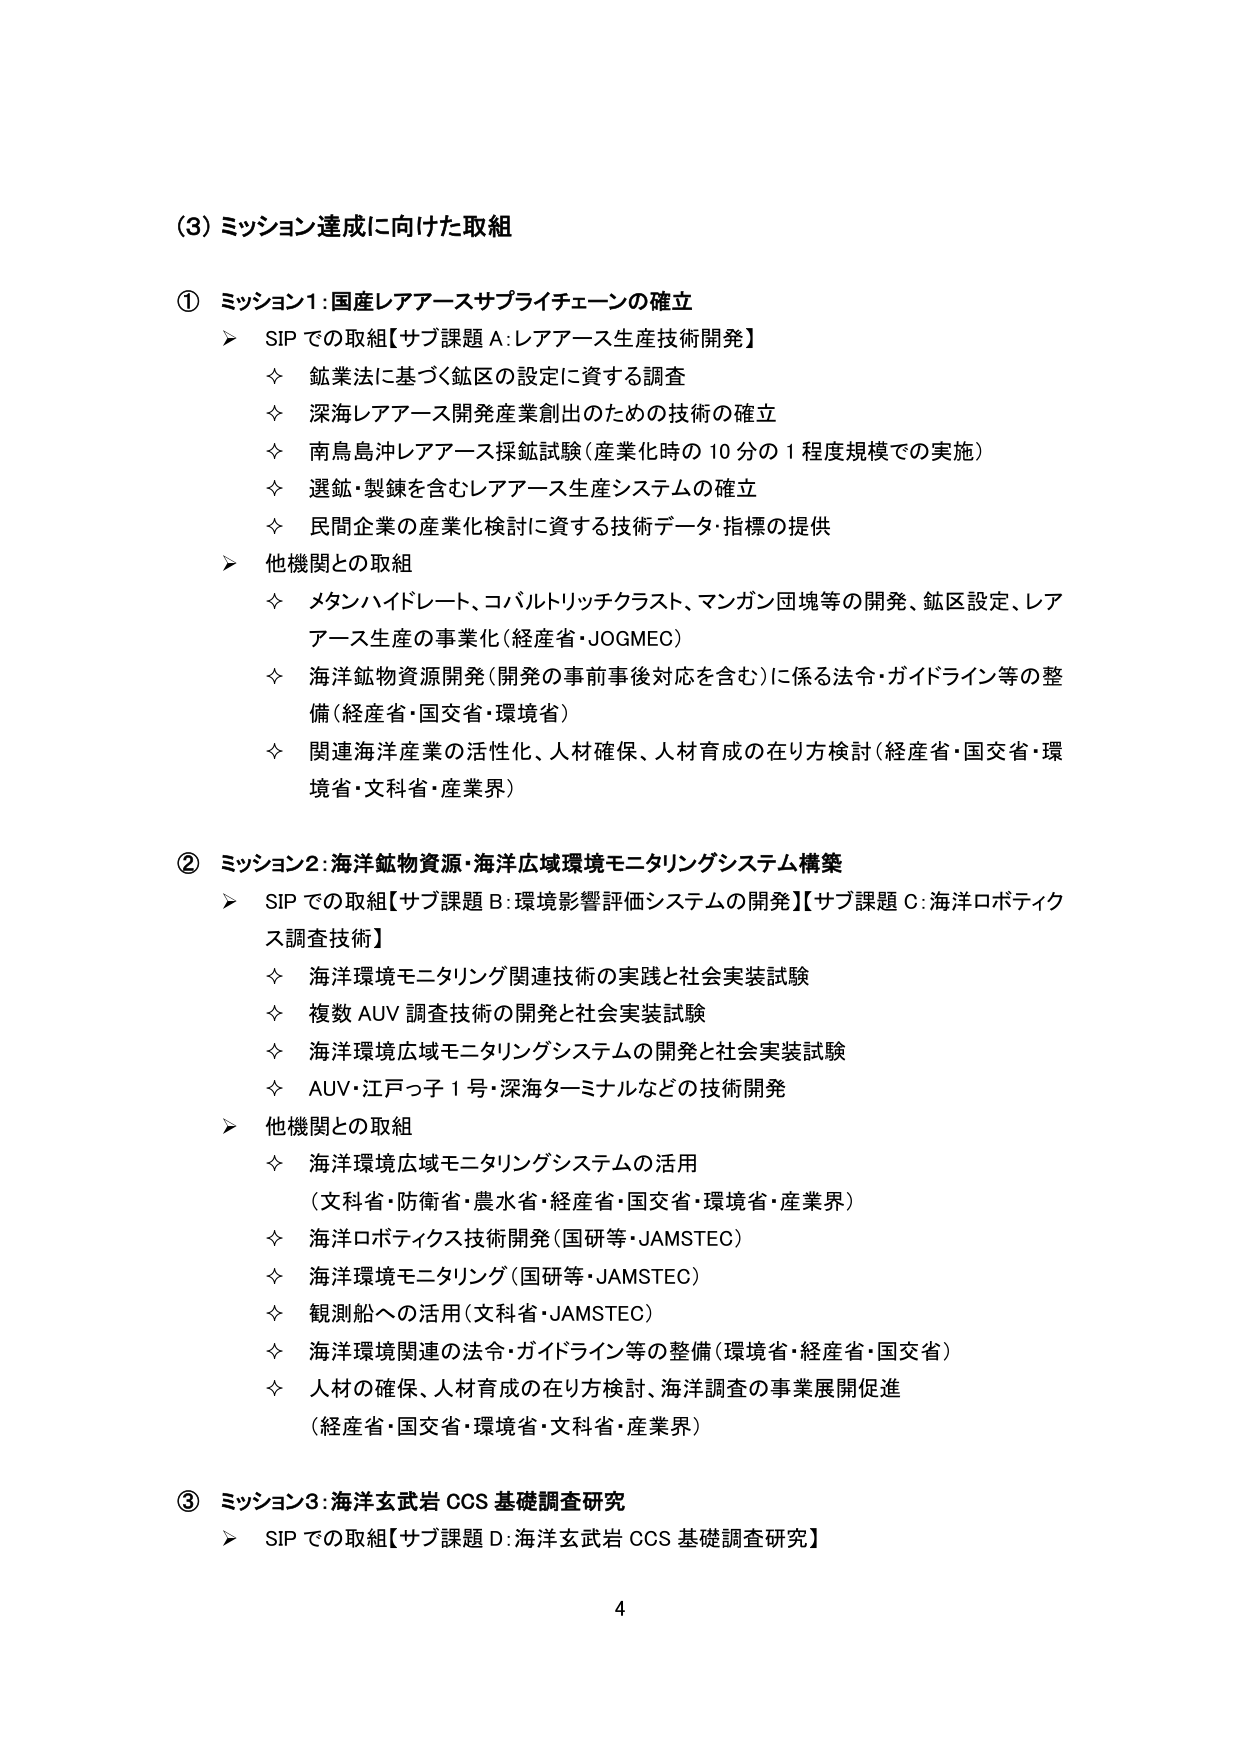
(3) ミッション達成に向けた取組

① ミッション1:国産レアアースサプライチェーンの確立
➤ SIP での取組【サブ課題 A:レアアース生産技術開発】
◊ 鉱業法に基づく鉱区の設定に資する調査
◊ 深海レアアース開発産業創出のための技術の確立
◊ 南鳥島沖レアアース採鉱試験（産業化時の10分の1程度規模での実施）
◊ 選鉱・製錬を含むレアアース生産システムの確立
◊ 民間企業の産業化検討に資する技術データ・指標の提供
➤ 他機関との取組
◊ メタンハイドレート、コバルトリッチクラスト、マンガン団塊等の開発、鉱区設定、レアアース生産の事業化（経産省・JOGMEC）
◊ 海洋鉱物資源開発（開発の事前事後対応を含む）に係る法令・ガイドライン等の整備（経産省・国交省・環境省）
◊ 関連海洋産業の活性化、人材確保、人材育成の在り方検討（経産省・国交省・環境省・文科省・産業界）

② ミッション2:海洋鉱物資源・海洋広域環境モニタリングシステム構築
➤ SIP での取組【サブ課題 B:環境影響評価システムの開発】【サブ課題 C:海洋ロボティクス調査技術】
◊ 海洋環境モニタリング関連技術の実践と社会実装試験
◊ 複数 AUV 調査技術の開発と社会実装試験
◊ 海洋環境広域モニタリングシステムの開発と社会実装試験
◊ AUV・江戸っ子1号・深海ターミナルなどの技術開発
➤ 他機関との取組
◊ 海洋環境広域モニタリングシステムの活用
（文科省・防衛省・農水省・経産省・国交省・環境省・産業界）
◊ 海洋ロボティクス技術開発（国研等・JAMSTEC）
◊ 海洋環境モニタリング（国研等・JAMSTEC）
◊ 観測船への活用（文科省・JAMSTEC）
◊ 海洋環境関連の法令・ガイドライン等の整備（環境省・経産省・国交省）
◊ 人材の確保、人材育成の在り方検討、海洋調査の事業展開促進
（経産省・国交省・環境省・文科省・産業界）

③ ミッション3:海洋玄武岩 CCS 基礎調査研究
➤ SIP での取組【サブ課題 D:海洋玄武岩 CCS 基礎調査研究】

4